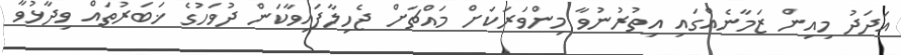
އަދަދު މިއިން ޒަމާނެއްގައި އިތުރުނުވާ މިންވަރަކަށް މައްޗަށް ޖެހިލާފައިވާކަން ދުވަހުގެ ޚަބަރުތައް ވިދާޅުވާ